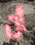
أن